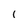
Character: 1